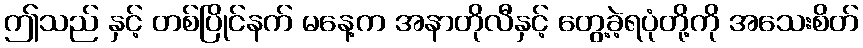
ဤသည် နှင့် တစ်ပြိုင်နက် မနေ့က အနာတိုလီနှင့် တွေ့ခဲ့ရပုံတို့ကို အသေးစိတ်